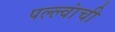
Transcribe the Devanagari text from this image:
पल्ल्वांची